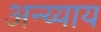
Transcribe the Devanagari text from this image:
अन्य्याय